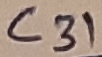
Text: C31